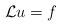
LaTeX: \begin{align*}\mathcal{L}u=f\end{align*}